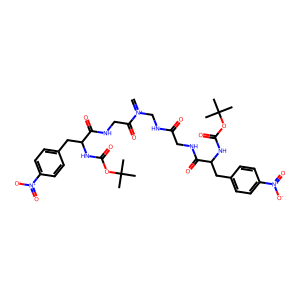
SMILES: C=[N+](CNC(=O)CNC(=O)C(Cc1ccc([N+](=O)[O-])cc1)NC(=O)OC(C)(C)C)C(=O)CNC(=O)C(Cc1ccc([N+](=O)[O-])cc1)NC(=O)OC(C)(C)C
Inhibits HIV replication: No